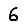
Digit: 6